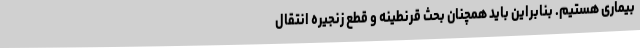
بیماری هستیم. بنابراین باید همچنان بحث قرنطینه و قطع زنجیره انتقال